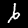
Label: 6